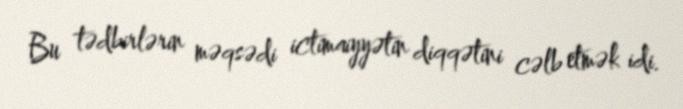
Bu tədbirlərin məqsədi ictimaiyyətin diqqətini cəlb etmək idi.